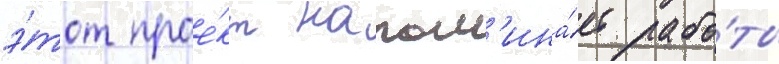
э́тот прое́кт напом'ина́ет рабо́ты